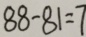
8 8 - 8 1 = 7